Report on horse surra - Volume I
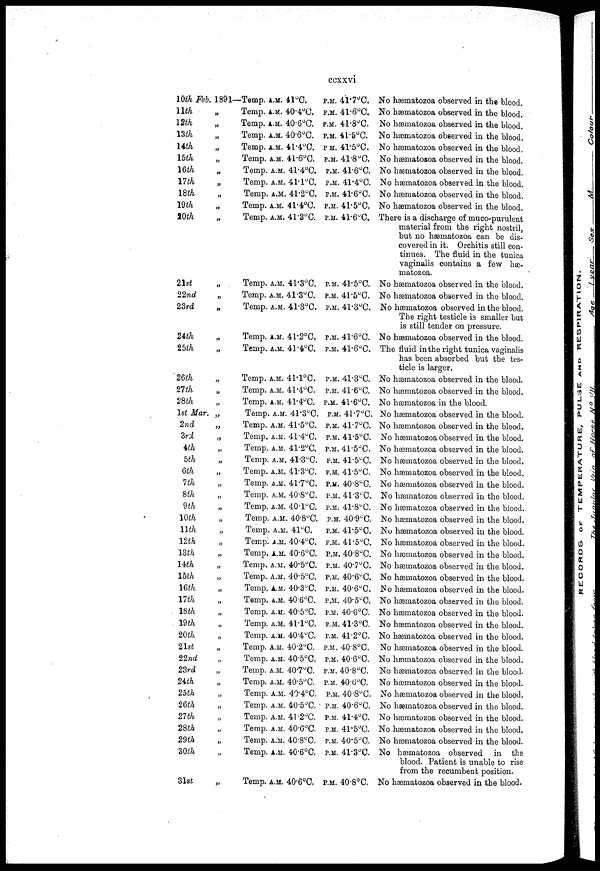
ccxxvi
10th Feb. 1891—
11th
12th
13th
14th
15th
16th
17th
18th
19th
20th
21st
22nd
23rd
24th
25th
26th
27th
28th
1st Mar.
2nd
3rd
4th
5th
6th
7th
8th
9th
10th
11th
12th
13th
14th
15th
16th
17th
18th
19th
20th
21st
22nd
23rd
24th
25th
26th
27th
28th
29th
30th
31st
„
„
„
„
„
„
„
„
„
„
„
„
„
„
„
„
„
„
„
„
„
„
„
„
„
„
„
„
„
„
„
„
„
„
„
„
„
„
„
„
„
„
„
„
„
„
„
„
Temp. A.M. 41°C.
Temp. A.M. 40.4°C.
Temp. A.M. 40.6°C.
Temp. A.M. 40.6°C.
Temp. A.M. 41.4°C.
Temp. A.M. 41.6°C.
Temp. A.M. 41.4°C.
Temp. A.M. 41.1°C.
Temp. A.M. 41.2°C.
Temp. A.M. 41.4°C.
Temp. A.M. 41.3°C.
Temp. A.M. 41.3°C.
Temp. A.M. 41.3°C.
Temp. A.M. 41.3°C.
Temp. A.M. 41.2°C.
Temp. A.M. 41.4°C.
Temp. A.M. 41.1°C
Temp. A.M. 41.4°C.
Temp. A.M. 41.4°C.
Temp. A.M. 41.3°C.
Temp. A.M. 41.5°C.
Temp. A.M. 41.4°C.
Temp. A.M. 41.2°C.
Temp. A.M. 41.3°C.
Temp. A.M. 41.3°C.
Temp. A.M. 41.7°C.
Temp. A.M. 40.8°C.
Temp. A.M. 40.1°C.
Temp. A.M. 40.8°C.
Temp. A.M. 41°C.
Temp. A.M. 40.4°C.
Temp. A.M. 40.6°C.
Temp. A.M. 40.5°C.
Temp. A.M. 40.5°C.
Temp. A.M. 40.3°C.
Temp. A.M. 40.6°C.
Temp. A.M. 40.5°C.
Temp. A.M. 41.1°C.
Temp. A.M. 40.4°C.
Temp. A.M. 40.2°C.
Temp. A.M. 40.5°C.
Temp. A.M. 40.7°C.
Temp. A.M. 40.5°C.
Temp. A.M. 40.4°C.
Temp. A.M. 40.5°C.
Temp. A.M. 41.2°C.
Temp. A.M. 40.6°C.
Temp. A.M. 40.8°C.
Temp. A.M. 40.6°C.
Temp. A.M. 40.6°C.
P.M. 41.7°C.
P.M. 41.6°C.
P.M. 41.8°C.
P.M. 41.5°C.
P.M. 41.5°C.
P.M. 41.8°C.
P.M. 41.6°C.
P.M. 41.4°C.
P.M. 41.6°C.
P.M. 41.5°C.
P.M. 41.6°C.
P.M. 41.5°C.
P.M. 41.5°C.
P.M. 41.3°C.
P.M. 41.6°C.
P.M. 41.6°C.
P.M. 41.3°C.
P.M. 41.6°C.
P.M. 41.6°C.
P.M. 41.7°C.
P.M. 41.7°C.
P.M. 41.5°C.
P.M. 41.5°C.
P.M. 41.5°C.
P.M. 41.5°C.
P.M. 40.8°C.
P.M. 41.3°C.
P.M. 41.8°C.
P.M. 40.9°C.
P.M. 41.5°C.
P.M. 41.5°C.
P.M. 40.8°C.
P.M. 40.7°C.
P.M. 40.6°C.
P.M. 40.6°C.
P.M. 40.5°C.
P.M. 40.6°C.
P.M. 41.3°C.
P.M. 41.2 °C.
P.M. 40.8°C.
P.M. 40.6°C.
P.M. 40.8°C.
P.M. 40.6°C.
P.M. 40.8°C.
P.M. 40.6°C.
P.M. 41.4°C.
P.M. 41.5°C.
P.M. 40.5°C.
P.M. 41.3°C.
P.M. 40.8°C.
No hæmatozoa observed in the blood.
No hæmatozoa observed in the blood.
No hæmatozoa observed in the blood.
No hæmatozoa observed in the blood.
No hæmatozoa observed in the blood.
No hæmatozoa observed in the blood.
No hæmatozoa observed in the blood.
No hæmatozoa observed in the blood.
No hæmatozoa observed in the blood.
No hæmatozoa observed in the blood.
There is a discharge of muco-purulent
material from the right nostril,
but no hæmatozoa can be dis-
covered in it. Orchitis still con-
tinues. The fluid in the tunica
vaginalis contains a few hæ-
matozoa.
No hæmatozoa observed in the blood.
No hæmatozoa observed in the blood.
No hæmatozoa observed in the blood.
The right testicle is smaller but
is still tender on pressure.
No hæmatozoa observed in the blood.
The fluid in the right tunica vaginalis
has been absorbed but the tes-
ticle is larger.
No hæmatozoa observed in the blood.
No hæmatozoa observed in the blood.
No hæmatozoa in the blood.
No hæmatozoa observed in the blood.
No hæmatozoa observed in the blood.
No hæmatozoa observed in the blood.
No hæmatozoa observed in the blood.
No hæmatozoa observed in the blood.
No hæmatozoa observed in the blood.
No hæmatozoa observed in the blood.
No hæmatozoa observed in the blood.
No hæmatozoa observed in the blood.
No hæmatozoa observed in the blood.
No hæmatozoa observed in the blood.
No hæmatozoa observed in the blood.
No hæmatozoa observed in the blood.
No hæmatozoa observed in the blood.
No hæmatozoa observed in the blood.
No hæmatozoa observed in the blood.
No hæmatozoa observed in the blood.
No hæmatozoa observed in the blood.
No hæmatozoa observed in the blood.
No hæmatozoa observed in the blood.
No hæmatozoa observed in the blood.
No hæmatozoa observed in the blood.
No hæmatozoa observed in the blood.
No hæmatozoa observed in the blood.
No hæmatozoa observed in the blood.
No hæmatozoa observed in the blood.
No hæmatozoa observed in the blood.
No hæmatozoa observed in the blood.
No hæmatozoa observed in the blood.
No hæmatozoa observed in the
blood. Patient is unable to rise
from the recumbent position.
No hæmatozoa observed in the blood.